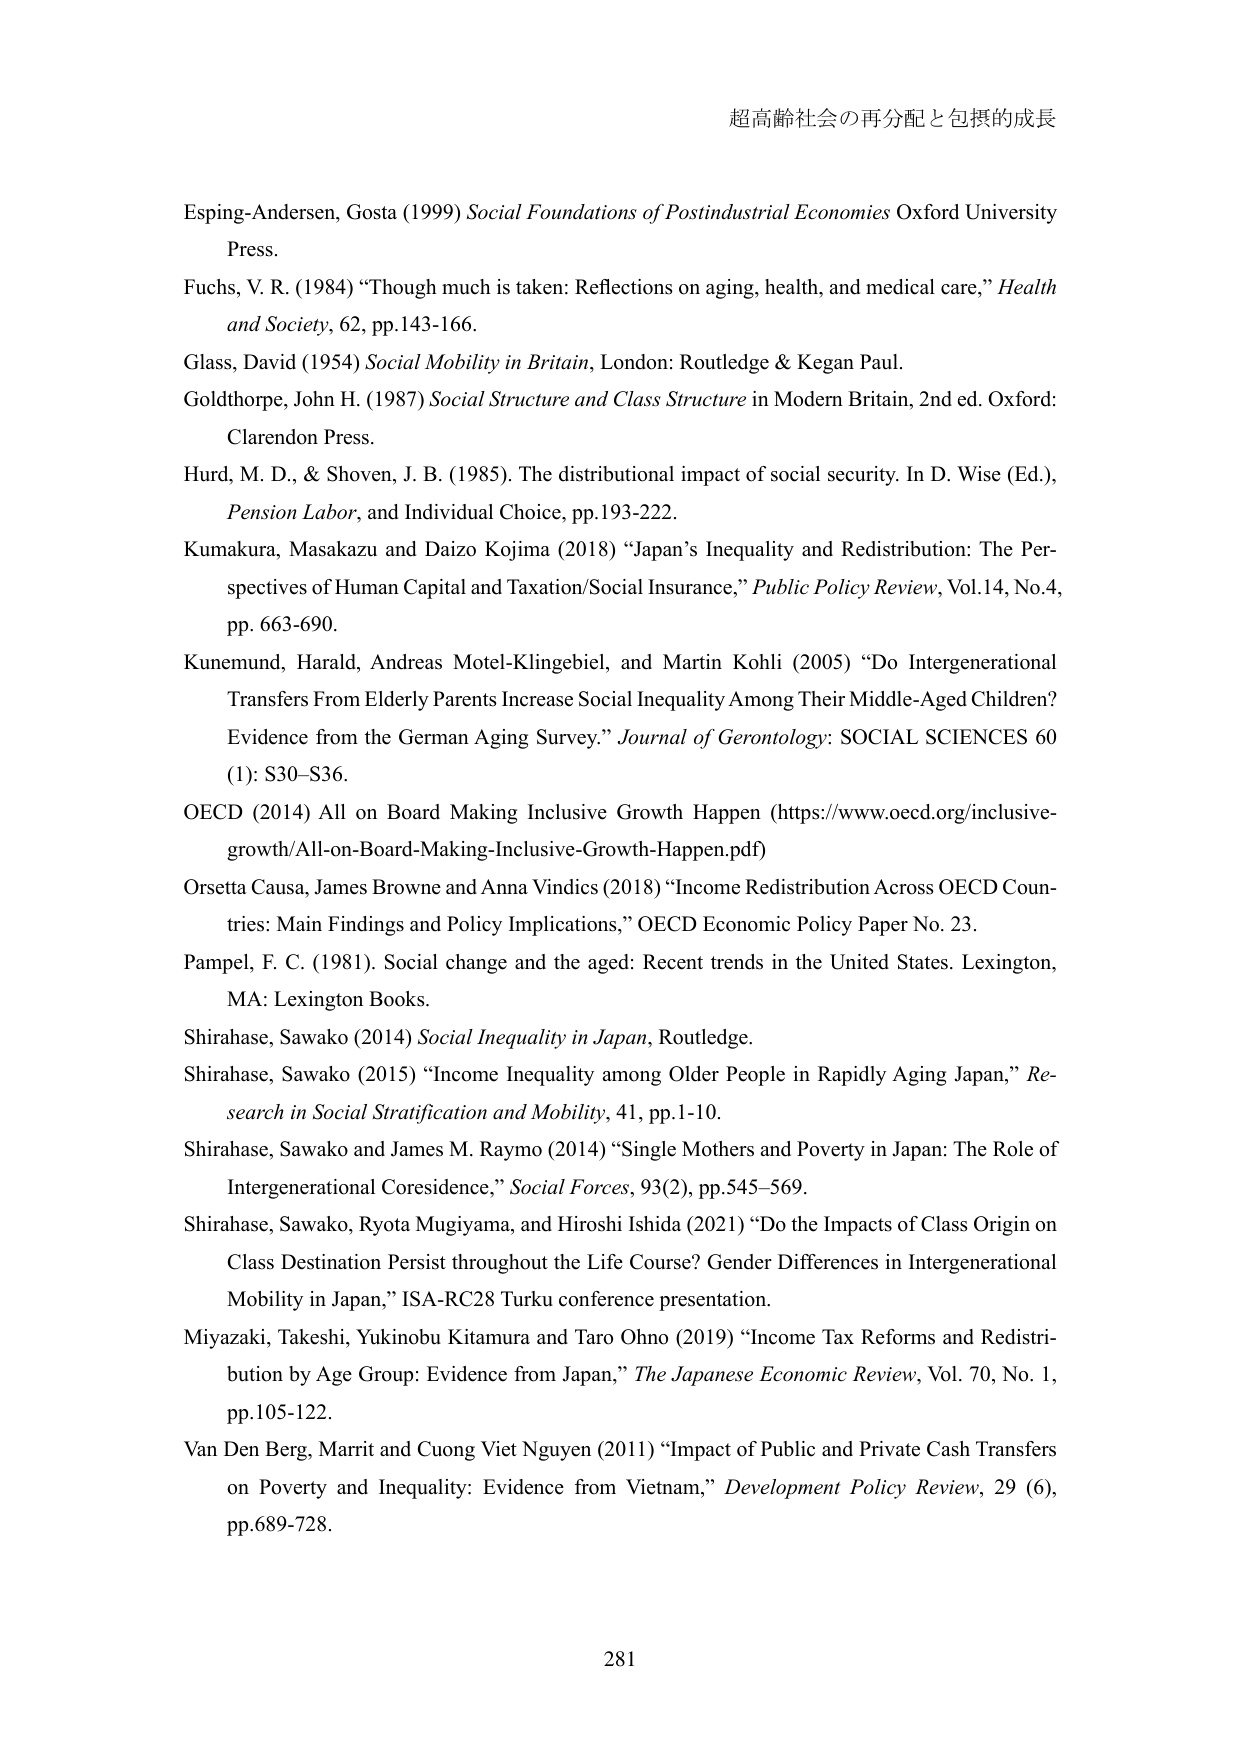
超高齢社会の再分配と包摂的成長

Esping-Andersen, Gosta (1999) Social Foundations of Postindustrial Economies Oxford University Press.

Fuchs, V. R. (1984) “Though much is taken: Reflections on aging, health, and medical care,” Health and Society, 62, pp.143-166.

Glass, David (1954) Social Mobility in Britain, London: Routledge & Kegan Paul.

Goldthorpe, John H. (1987) Social Structure and Class Structure in Modern Britain, 2nd ed. Oxford: Clarendon Press.

Hurd, M. D., & Shoven, J. B. (1985). The distributional impact of social security. In D. Wise (Ed.), Pension Labor, and Individual Choice, pp.193-222.

Kumakura, Masakazu and Daizo Kojima (2018) “Japan’s Inequality and Redistribution: The Perspectives of Human Capital and Taxation/Social Insurance,” Public Policy Review, Vol.14, No.4, pp. 663-690.

Kunemund, Harald, Andreas Motel-Klingebiel, and Martin Kohli (2005) “Do Intergenerational Transfers From Elderly Parents Increase Social Inequality Among Their Middle-Aged Children? Evidence from the German Aging Survey.” Journal of Gerontology: SOCIAL SCIENCES 60 (1): S30–S36.

OECD (2014) All on Board Making Inclusive Growth Happen (https://www.oecd.org/inclusive-growth/All-on-Board-Making-Inclusive-Growth-Happen.pdf)

Orsetta Causa, James Browne and Anna Vindics (2018) “Income Redistribution Across OECD Countries: Main Findings and Policy Implications,” OECD Economic Policy Paper No. 23.

Pampel, F. C. (1981). Social change and the aged: Recent trends in the United States. Lexington, MA: Lexington Books.

Shirahase, Sawako (2014) Social Inequality in Japan, Routledge.

Shirahase, Sawako (2015) “Income Inequality among Older People in Rapidly Aging Japan,” Research in Social Stratification and Mobility, 41, pp.1-10.

Shirahase, Sawako and James M. Raymo (2014) “Single Mothers and Poverty in Japan: The Role of Intergenerational Coresidence,” Social Forces, 93(2), pp.545–569.

Shirahase, Sawako, Ryota Mugiyma, and Hiroshi Ishida (2021) “Do the Impacts of Class Origin on Class Destination Persist throughout the Life Course? Gender Differences in Intergenerational Mobility in Japan,” ISA-RC28 Turku conference presentation.

Miyazaki, Takeshi, Yukinobu Kitamura and Taro Ohno (2019) “Income Tax Reforms and Redistribution by Age Group: Evidence from Japan,” The Japanese Economic Review, Vol. 70, No. 1, pp.105-122.

Van Den Berg, Marrit and Cuong Viet Nguyen (2011) “Impact of Public and Private Cash Transfers on Poverty and Inequality: Evidence from Vietnam,” Development Policy Review, 29 (6), pp.689-728.

281